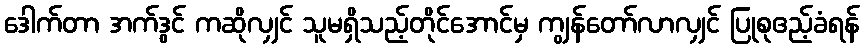
ဒေါက်တာ အက်ဒွင် ကဆိုလျှင် သူမရှိသည့်တိုင်အောင်မှ ကျွန်တော်လာလျှင် ပြုစုဧည့်ခံရန်